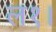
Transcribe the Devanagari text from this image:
ल१।